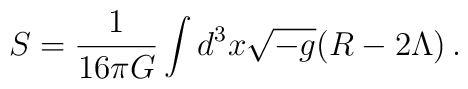
S = \frac{1}{16\pi G} \int d^3x \sqrt{-g}(R - 2\Lambda)\,.